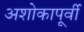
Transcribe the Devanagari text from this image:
अशोकापूर्वी